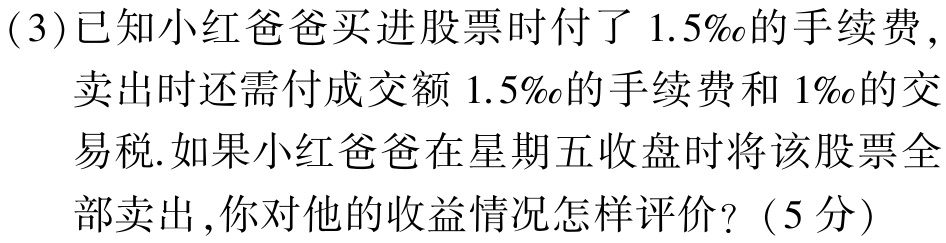
(3)已知小红爸爸买进股票时付了\(1.5‰\)的手续费，

卖出时还需付成交额\(1.5‰\)的手续费和\(1‰\)的交

易税.如果小红爸爸在星期五收盘时将该股票全

部卖出,你对他的收益情况怎样评价？（5分）